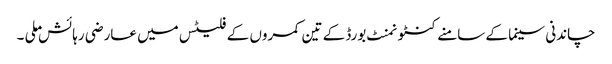
چاندنی سینما کے سامنے کنٹونمنٹ بورڈ کے تین کمروں کے فلیٹس میں عارضی رہائش ملی ۔